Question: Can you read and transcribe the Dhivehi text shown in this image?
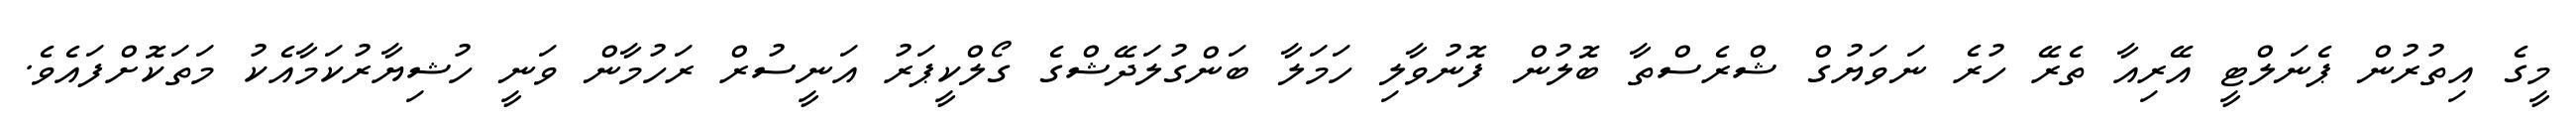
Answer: މީގެ އިތުރުން ޕެނަލްޓީ އޭރިއާ ތެރޭ ހުރެ ނަވަޔުގް ޝްރެސްތާ ބޮލުން ފޮނުވާލި ހަމަލާ ބަންގުލަދޭޝްގެ ގޯލްކީޕަރު އަނީސުރް ރަހުމާން ވަނީ ހުޝިޔާރުކަމާއެކު މަތަކޮށްފައެވެ.